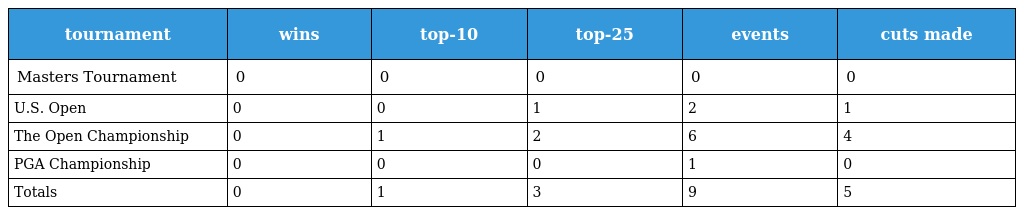
| tournament | wins | top-10 | top-25 | events | cuts made |
 | --- | --- | --- | --- | --- | --- |
 | Masters Tournament | 0 | 0 | 0 | 0 | 0 |
 | U.S. Open | 0 | 0 | 1 | 2 | 1 |
 | The Open Championship | 0 | 1 | 2 | 6 | 4 |
 | PGA Championship | 0 | 0 | 0 | 1 | 0 |
 | Totals | 0 | 1 | 3 | 9 | 5 |